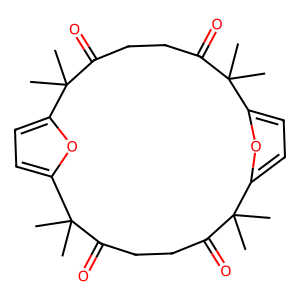
SMILES: CC1(C)C(=O)CCC(=O)C(C)(C)c2ccc(o2)C(C)(C)C(=O)CCC(=O)C(C)(C)c2ccc1o2
Inhibits HIV replication: No